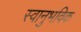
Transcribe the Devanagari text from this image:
स्वानुभविक